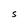
Character: s